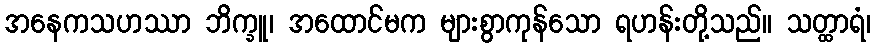
အနေကသဟဿာ ဘိက္ခူ၊ အထောင်မက များစွာကုန်သော ရဟန်းတို့သည်။ သတ္ထာရံ၊